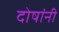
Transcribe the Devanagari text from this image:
दोषांनी